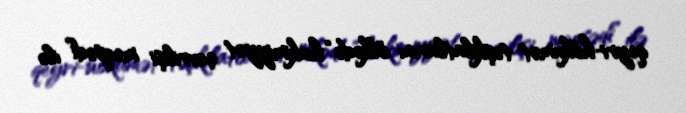
qeyri-hökumət təşkilatlarını ölkədə “hakimiyyət çevrilişi məqsədi” ilə